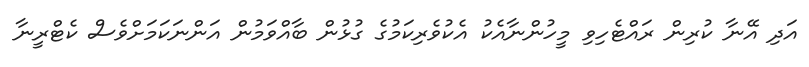
އަދި އޭނާ ކުރިން ރައްޓެހިވި މީހުންނާއެކު އެކުވެރިކަމުގެ ގުޅުން ބާއްވަމުން އަންނަކަމަށްވެސް ކެޓްރީނާ